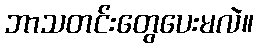
ဘာသတင်းတွေပေးမလဲ။